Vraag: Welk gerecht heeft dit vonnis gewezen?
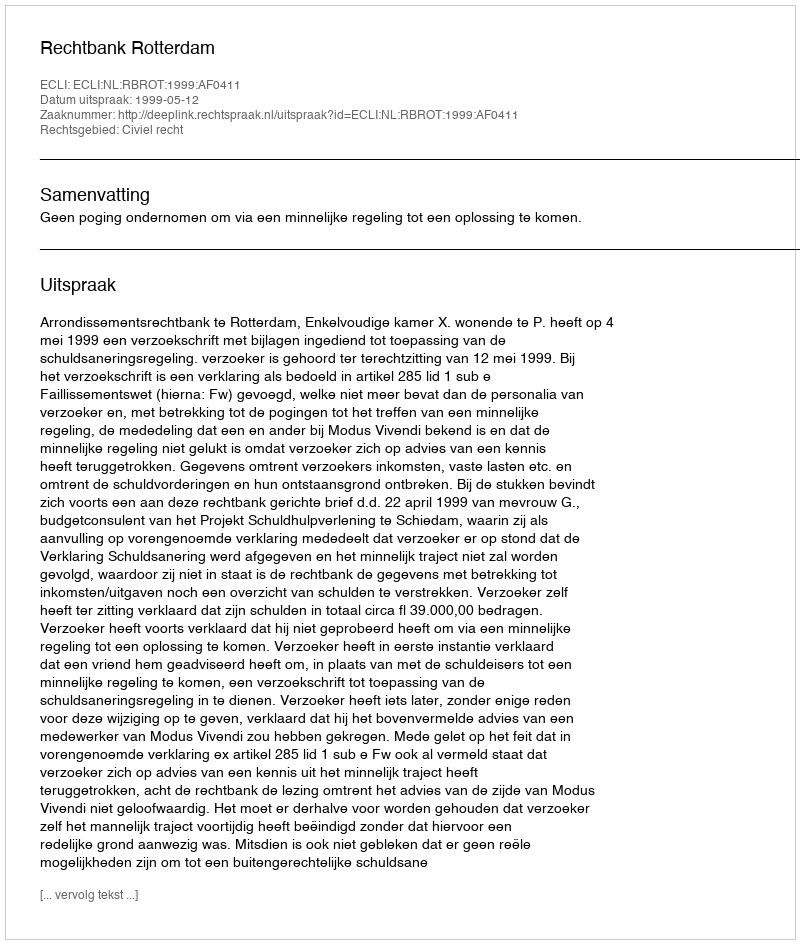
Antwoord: Rechtbank Rotterdam